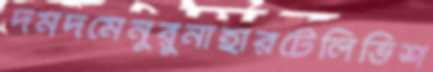
দমদমেনুরুনাহারটেলিভিশ